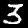
Digit: 3